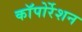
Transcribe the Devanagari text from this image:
काॅपोर्रेशन